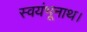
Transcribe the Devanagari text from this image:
स्वयंभूनाथ।